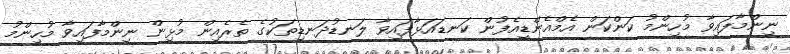
ނިންމާފައިވާ މުހިންމު ކަންކަން އެމްއެންޑީއެފުން ކަނޑައަޅާފައިވާ ލަނޑުދަނޑިތަކުގެ ތެރެއިން މުޅިން ނިންމާފައިވާ މުހިންމު